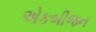
એકબીજન